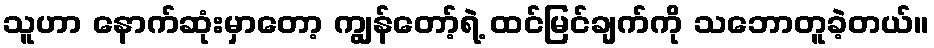
သူဟာ နောက်ဆုံးမှာတော့ ကျွန်တော့်ရဲ့ ထင်မြင်ချက်ကို သဘောတူခဲ့တယ်။